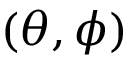
( \theta , \phi )